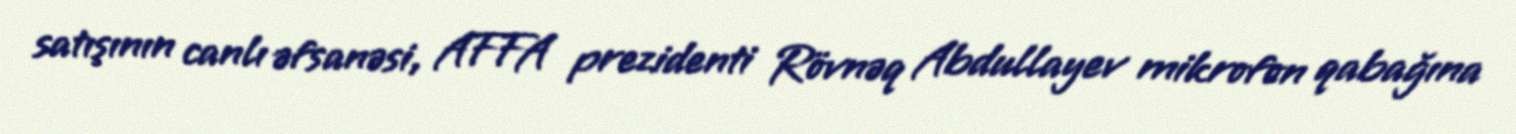
satışının canlı əfsanəsi, AFFA prezidenti Rövnəq Abdullayev mikrofon qabağına